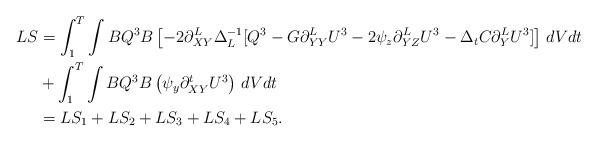
LaTeX: \begin{align*}LS & = \int_1^T \int B Q^3 B \left[- 2\partial^L_{XY} \Delta_L^{-1}[ Q^3 - G \partial_{YY}^L U^3 - 2\psi_z \partial_{YZ}^L U^3 - \Delta_t C \partial_Y^L U^3] \right] \,dV dt \\& + \int_1^T \int B Q^3 B \left(\psi_y \partial_{XY}^t U^3 \right) \, dV dt \\ & = LS_1 + LS_2 + LS_3 + LS_4 + LS_5.\end{align*}